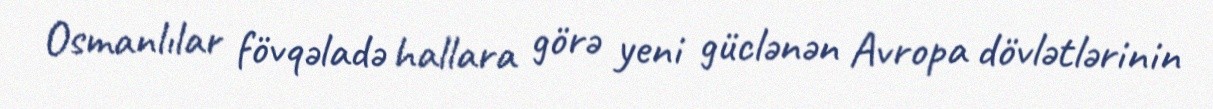
Osmanlılar fövqəladə hallara görə yeni güclənən Avropa dövlətlərinin